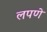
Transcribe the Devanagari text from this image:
लपणे